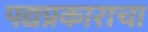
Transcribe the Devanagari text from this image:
पद्यप्रकाराचा